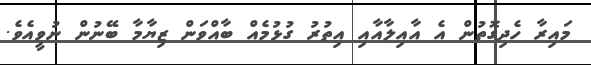
މައިރާ ހެދިގޮތުން އެ އާއިލާއާއި އިތުރު ގުޅުމެއް ބާއްވަން ޒިޔާމާ ބޭނުން ނުވީއެވެ.